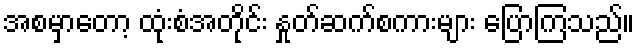
အစမှာတော့ ထုံးစံအတိုင်း နှုတ်ဆက်စကားများ ပြောကြသည်။